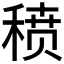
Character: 𬓱